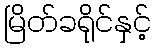
မြိတ်ခရိုင်နှင့်